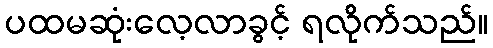
ပထမဆုံးလေ့လာခွင့် ရလိုက်သည်။